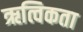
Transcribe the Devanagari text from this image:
ऋत्विकता